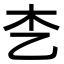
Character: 朰